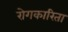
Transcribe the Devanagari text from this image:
रोगकारिता